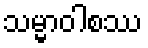
သမ္မာဝါစဿ